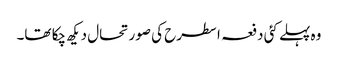
وہ پہلے کئی دفعہ اسطرح کی صورتحال دیکھ چکا تھا۔